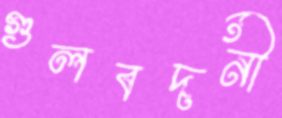
গুলবদনী